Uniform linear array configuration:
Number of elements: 4
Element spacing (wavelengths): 1
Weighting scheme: uniform
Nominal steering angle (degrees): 0
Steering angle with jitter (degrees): -1.491
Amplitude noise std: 0.05
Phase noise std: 0.05

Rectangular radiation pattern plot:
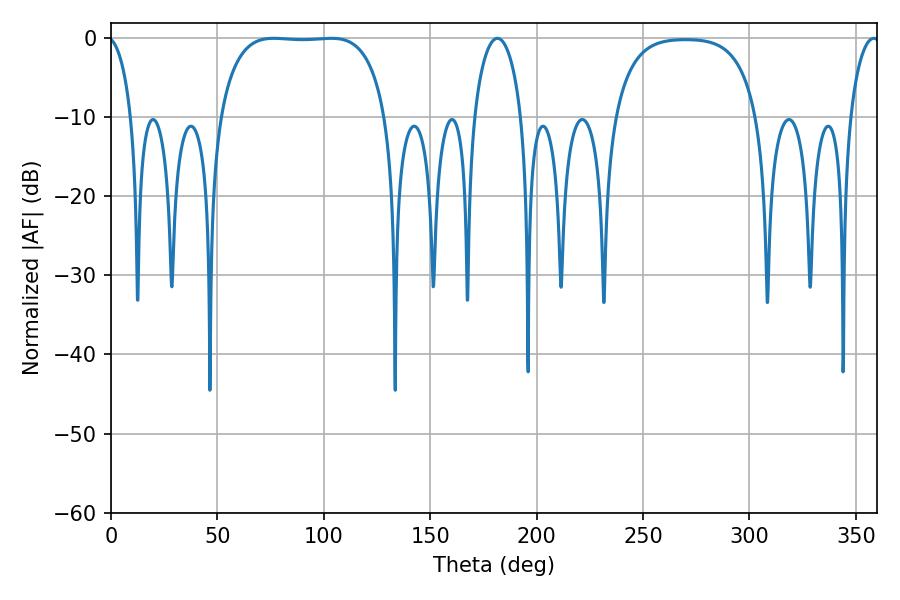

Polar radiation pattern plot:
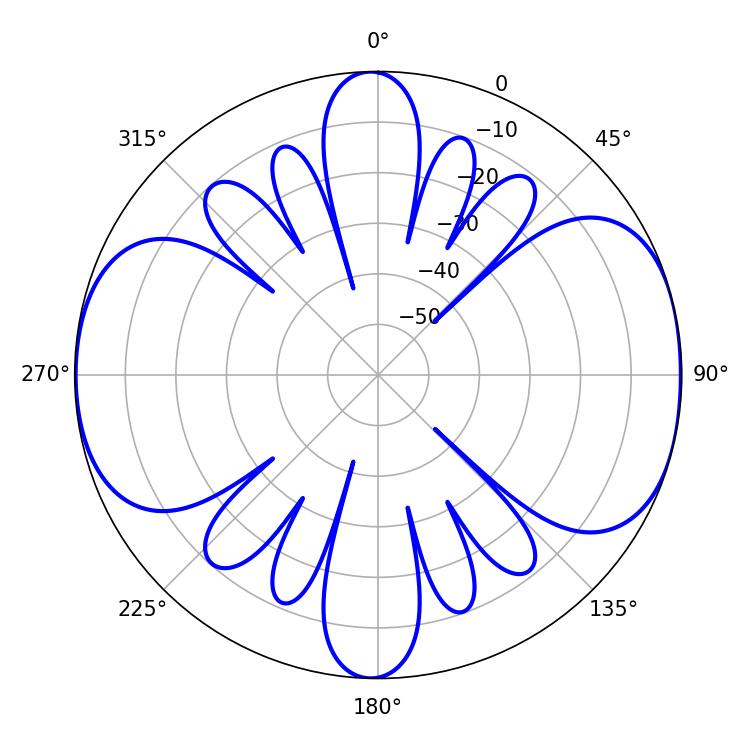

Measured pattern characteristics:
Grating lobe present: TRUE
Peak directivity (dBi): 9.6
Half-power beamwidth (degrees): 61.2
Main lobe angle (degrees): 76.5